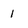
Character: 1